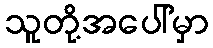
သူတို့အပေါ်မှာ